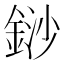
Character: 䤬